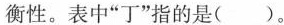
衡性。表中“丁”指的是( )。